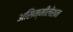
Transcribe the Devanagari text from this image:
असिम्मीलेशन